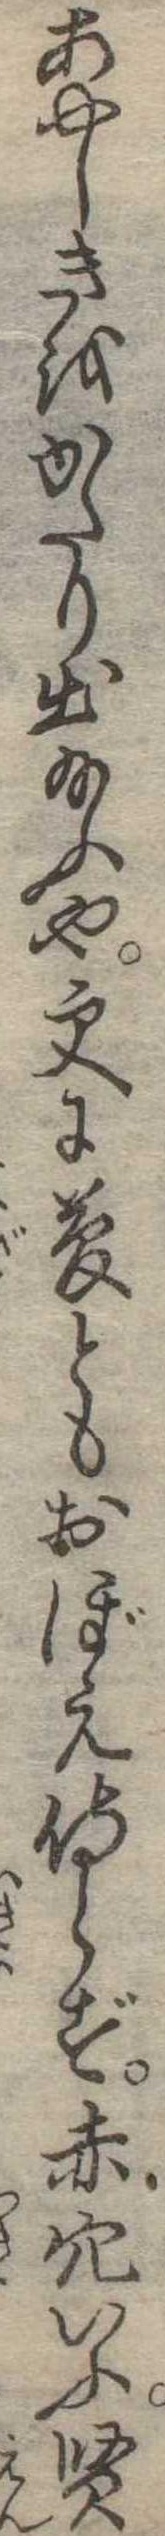
あやしきをかたり出給ふや更に夢ともおぼえ侍らず赤穴いふ賢